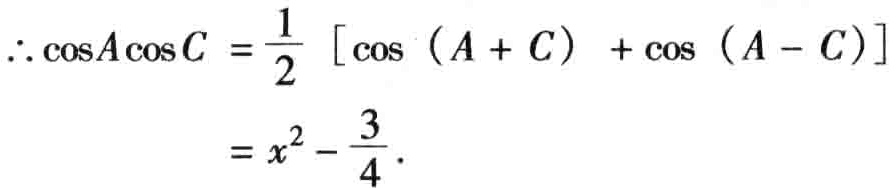
\(\therefore \cos A\cos C=\frac{1}{2}[\cos(A + C)+\cos(A - C)]\\=x^{2}-\frac{3}{4}.\)